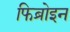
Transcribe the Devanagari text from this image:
फिब्रोइन